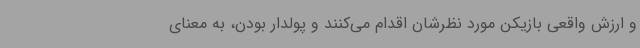
و ارزش واقعی بازیکن مورد نظرشان اقدام می‌کنند و پولدار بودن، به معنای